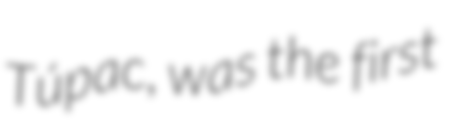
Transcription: Túpac, was the first